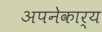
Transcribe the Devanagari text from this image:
अपनेकार्य